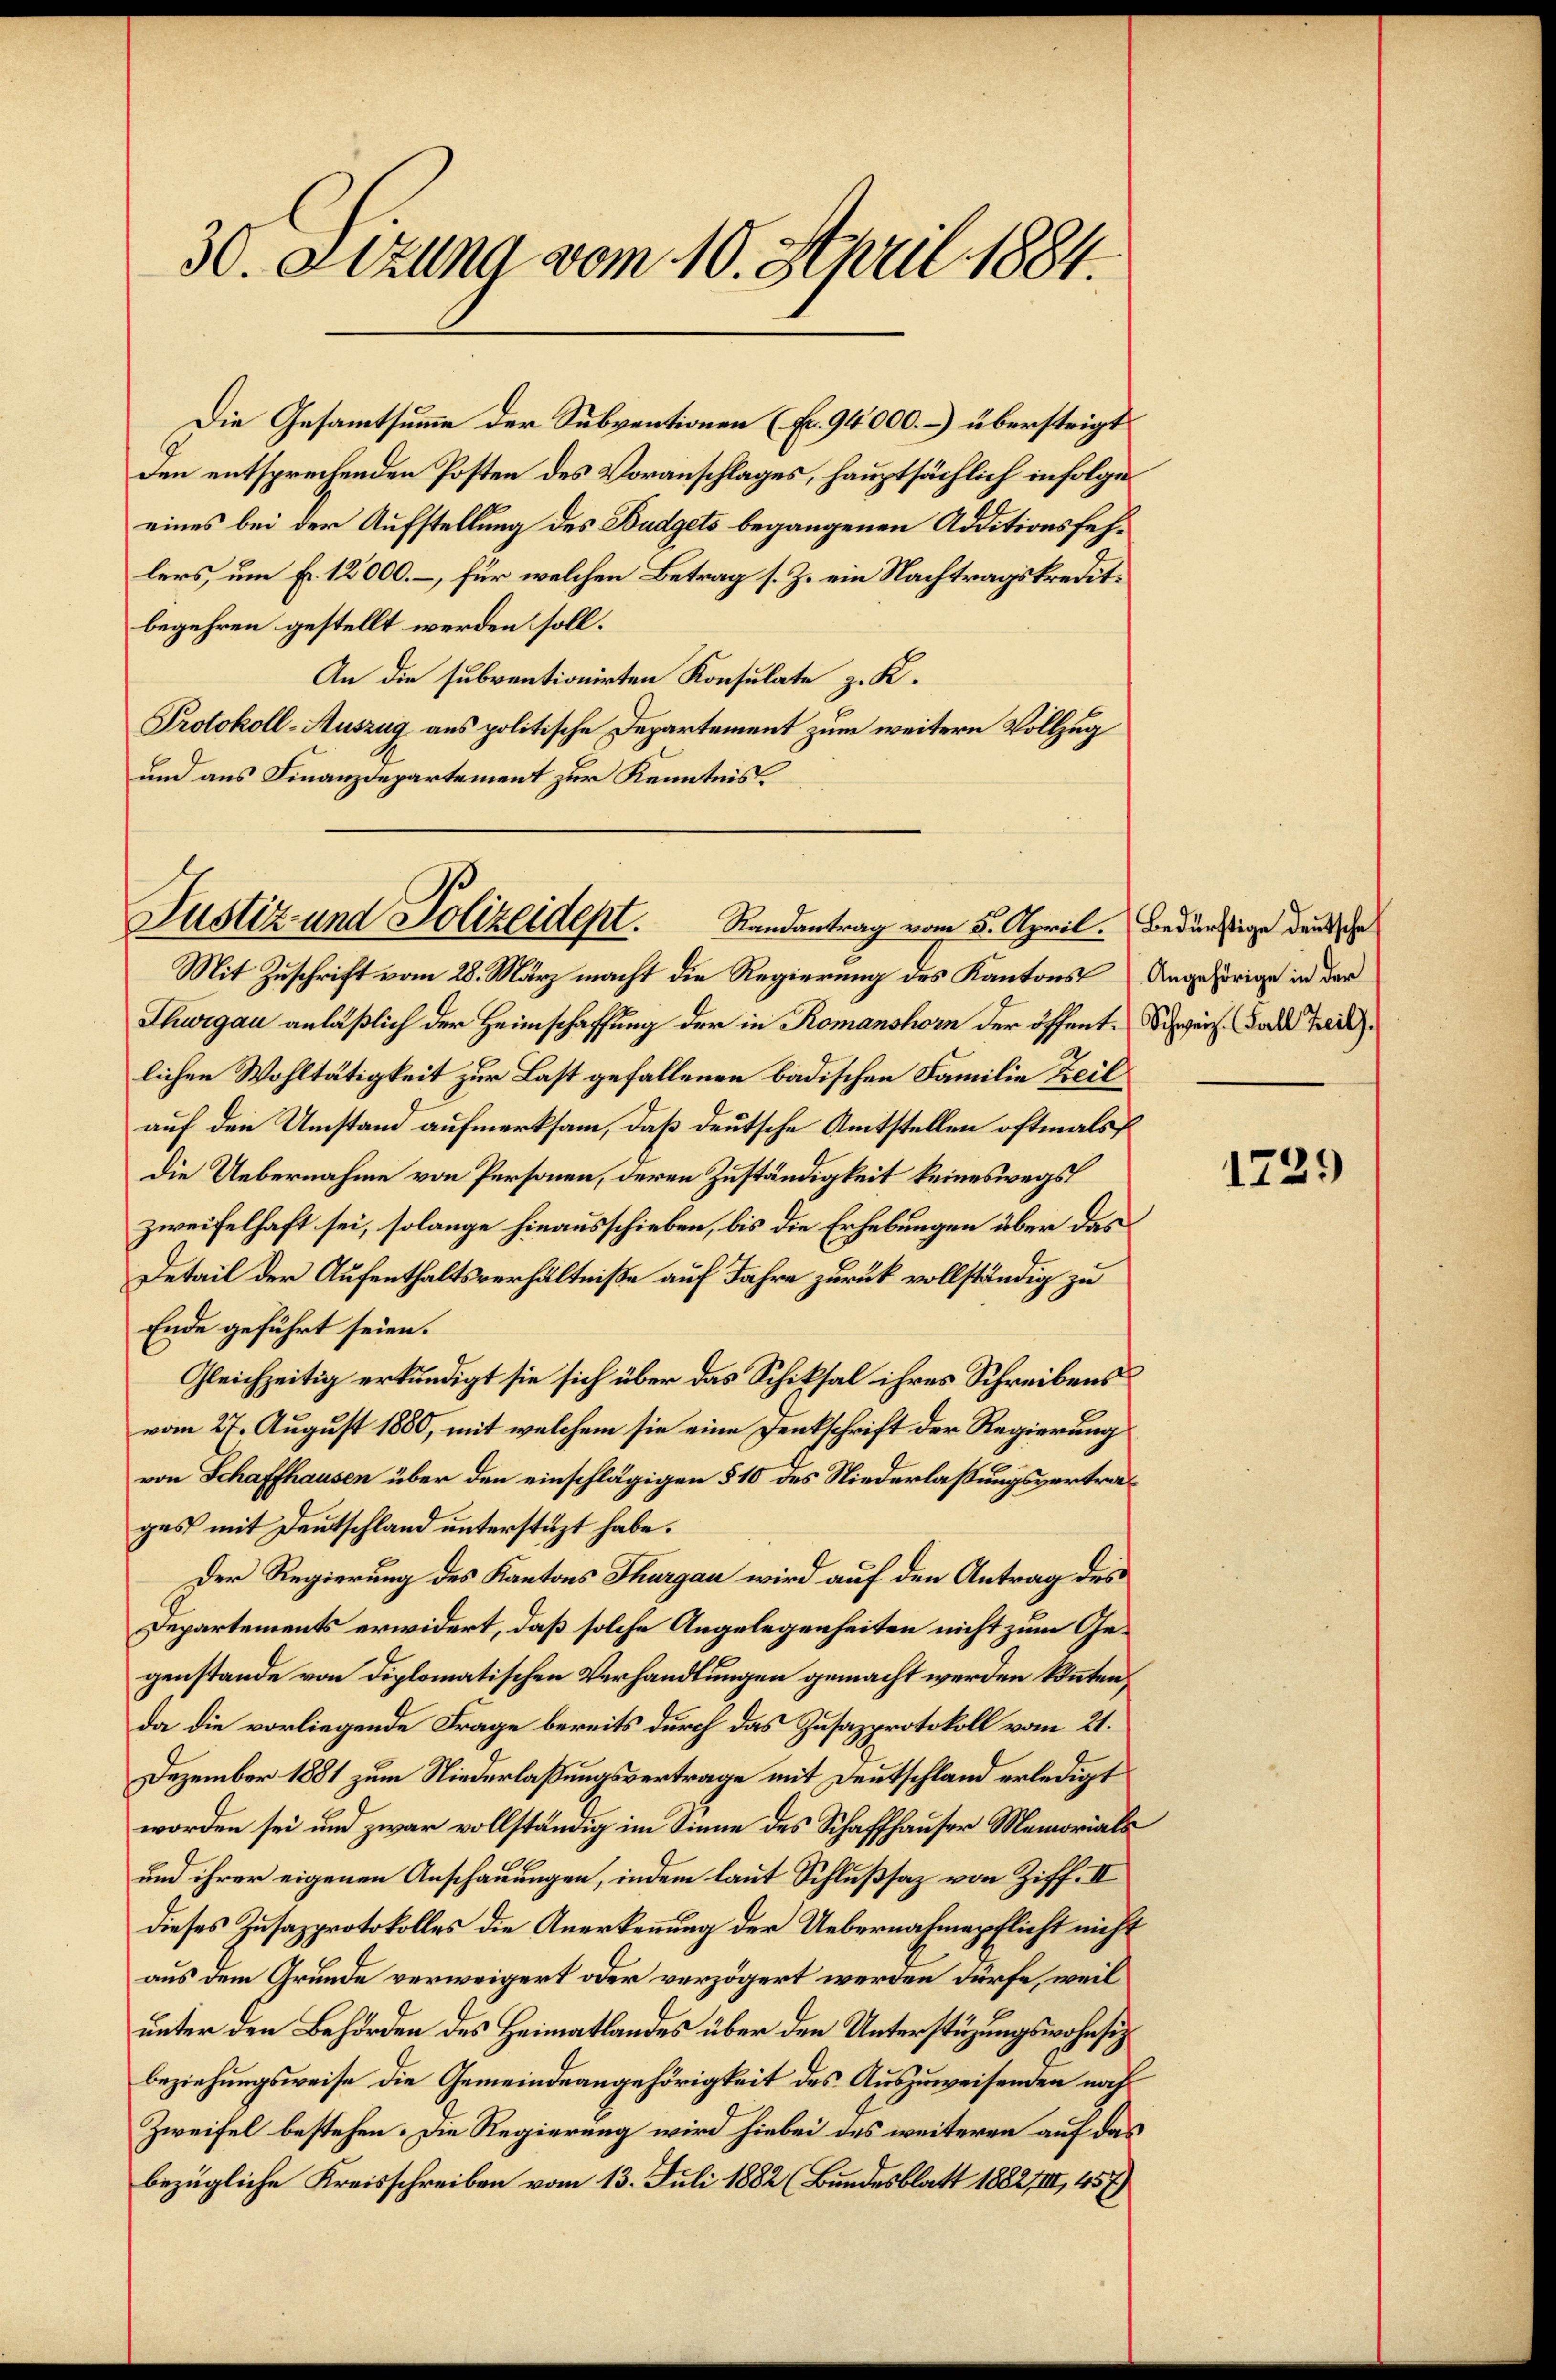
30. Sitzung vom 10. April 1884.

Die Gesammtsumme der Subventionen (Fr. 94000.-) übersteigt
den entsprechenden Posten des Voranschlages, hauptsächlich infolge
eines bei der Aufstellung des Budgets begangenen Additionsfehlers, um Fr. 12000. – für welchen Betrag s. Z. ein Nachtragskreditbegehren gestellt werden soll.
An die subventionirten Konsulate z. K.
Protokoll-Auszug aus politische Departement zum weitern Vollzug
und aus Finanzdepartement zur Kenntnis

Justiz und Polizeident.
Randantrag vom 5. April. Bedürftige deutsche

Mit Zuschrift vom 28. März macht die Regierung des Kantons Angehörige in der
Thurgau anläßlich der Heimschaffung der in Romanshorn der öffent. Schweiz. Fall heil
lichen Wohltätigkeit zur Last gefallenen badischen Familie Zeil
auf den Umstand aufmerksam, daß deutsche Amtstellen oftmals
die Uebernahme von Personen, deren Zuständigkeit keineswegs
zweifelhaft sei, solange hinausschieben, bis die Erhebungen über das
Detail der Aufenthaltsverhältniße auf Jahre zurück vollständig zu
Ende geführt seien.
Gleichzeitig erkundigt sie sich über das Schiksal ihres Schreibens
vom 27. August 1880, mit welchem sie eine Denkschrift der Regierung
von Schaffhausen über den einschlägigen § 10 des Niederlaßungsvertrages mit Deutschland unterstüzt habe.
Der Regierung des Kantons Thurgau wird auf den Antrag des
Departements erwidert, daß solche Angelegenheiten nicht zum Gegenstande von diplomatischen Verhandlungen gemacht werden könnten,
da die vorliegende Frage bereits durch das Zusazprotokoll vom 21.
Dezember 1881 zum Niederlaßungsvertrage mit Deutschland erledigt
worden sei und zwar vollständig im Sinne des Schaffhauser Memorials
und ihrer eigenen Anschauungen, indem laut Schlußsaz von Ziff. II
dieses Zusazprotokolles die Anerkennung der Uebernahmepflicht nicht
aus dem Grunde verweigert oder verzögert werden dürfe, weil
unter den Behörden des Heimatlandes über den Unterstüzungswohnsitz¬
beziehungsweise die Gemeindeangehörigkeit des Auszuweisenden nach
Zweifel bestehen. Die Regierung wird hiebei des weiteren auf das
bezügliche Kreisschreiben vom 13. Juli 1882 (Bundesblatt 1882/III, 457)

1729